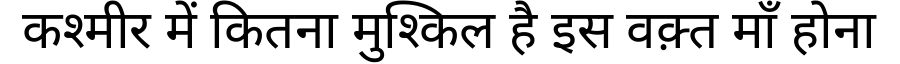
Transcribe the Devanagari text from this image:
कश्मीर में कितना मुश्किल है इस वक़्त माँ होना